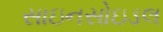
સાઇનસોઇડલ